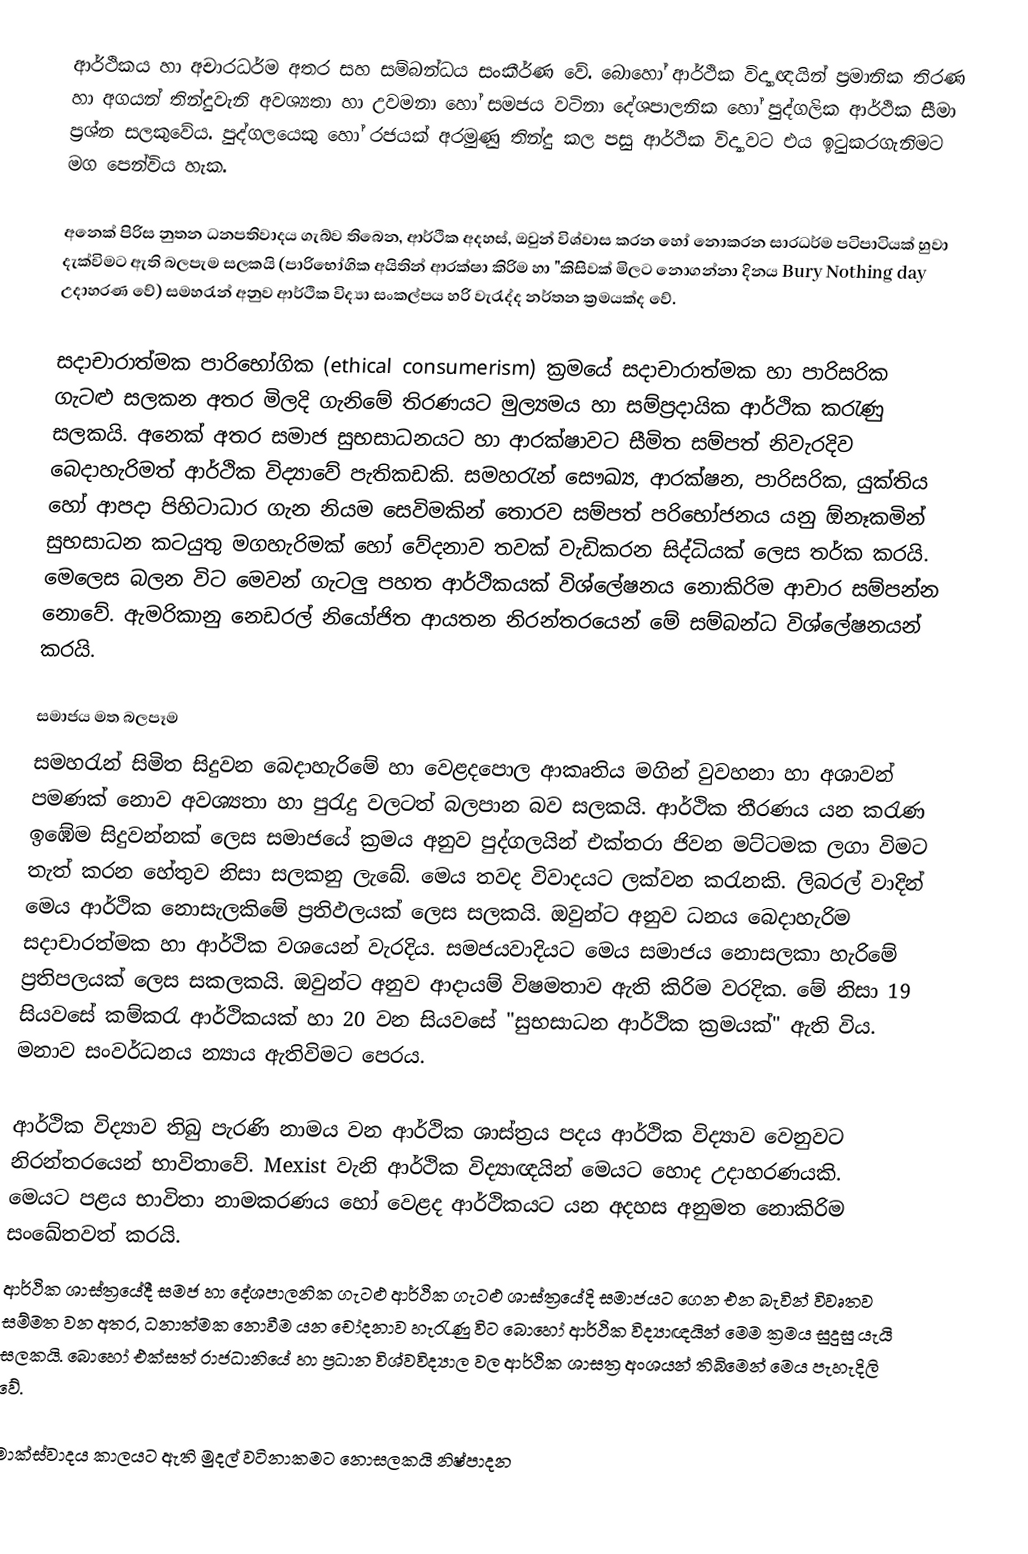
ආර්ථිකය හා අචාරධර්ම අතර සහ සම්බන්ධය සංකීර්ණ වේ. බොහෝ ආර්ථික විද්‍යාඥයින් ප්‍රමානික තිරණ හා අගයන් තින්දුවැනි අවශ්‍යතා හා උවමනා හෝ සමජය වටිනා දේශපාලනික හෝ පුද්ගලික ආර්ථික සීමා ප්‍රශ්න සලකුවේය. පුද්ගලයෙකු හෝ රජයක් අරමුණු තින්දු කල පසු ආර්ථික විද්‍යාවට එය ඉටුකරගැනිමට මග පෙන්විය හැක.

අනෙක් පිරිස නුතන  ධනපතිවාදය ගැබ්ව තිබෙන, ආර්ථික අදහස්, ඔවුන් විශ්වාස කරන හෝ නොකරන සාරධර්ම පටිපාටියක් හුවා දැක්විම‍ට ඇති බලපැම සලකයි (පාරිභෝගික අයිතින් ආරක්ෂා කිරිම හා "කිසිවක් මිලට නොගන්නා දිනය Bury Nothing day උදාහරණ වේ) සමහරැන් අනුව ආර්ථික විද්‍යා සංකල්පය හරි වැරැද්ද නර්තන ක්‍රමයක්ද වේ.

සදාචාරාත්මක පාරිභෝගික (ethical consumerism) ක්‍රමයේ සදාචාරාත්මක හා පාරිසරික ගැටළු සලකන අතර මිලදි ගැනිමේ තිරණයට මුල්‍යමය හා සම්ප්‍රදායික ආර්ථික කරැණු සලකයි. අනෙක් අතර සමාජ සුභසාධනයට හා ආරක්ෂාවට සීමිත සම්පත් නිවැරදිව බෙදාහැරිමත් ආර්ථික විද්‍යාවේ පැතිකඩකි. සමහරැන් සෞඛ්‍ය, ආරක්ෂන, පාරිසරික, යුක්තිය හෝ ආපදා පිහිටාධාර ගැන නියම සෙවිමකින් තොරව සම්පත් පරිභෝජනය යනු ඕනෑකමින් සුභසාධන කටයුතු මගහැරිමක් හෝ වේදනාව තවක් වැඩිකරන සිද්ධියක් ලෙස තර්ක කරයි. මෙලෙස බලන විට මෙවන් ගැටලු පහත ආර්ථිකයක් විශ්ලේෂනය නොකිරිම ආචාර සම්පන්න නොවේ. ඇමරිකානු නෙඩරල් නියෝජිත ආයතන නිරන්තරයෙන් මේ සම්බන්ධ විශ්ලේෂනයන් කරයි.

සමාජය මත බලපෑම
සමහරැන් සිමිත සිදුවන බෙදාහැරිමේ හා වෙළදපොල ආකෘතිය මගින් වුවහනා හා අශාවන් පමණක් ‍නොව අවශ්‍යතා හා පුරැදු වලටත් බලපාන බව සලකයි. ආර්ථික තීරණය යන කරැණ ඉඹේම සිදුවන්නක් ලෙස සමාජයේ ක්‍රමය අනුව පුද්ගල‍යින් එක්තරා ජිවන මට්ටමක ලගා විමට තැත් කරන හේතුව නිසා සලකනු ලැබේ. මෙය තවද විවාදයට ලක්වන කරැනකි. ලිබරල් වාදින් මෙය ආර්ථික නොසැලකිමේ ප්‍රතිඵලයක් ලෙස සලකයි. ඔවුන්ට අනුව ධනය බෙදාහැරිම සදාචාරත්මක හා ආර්ථික වශයෙන් වැරදිය. සමජයවාදියට මෙය සමාජය නොසලකා හැරිමේ ප්‍රතිපලයක් ලෙස සකලකයි. ඔවුන්ට අනුව ආදායම් විෂමතාව ඇති කිරිම වරදික. මේ නිසා 19 සියවසේ කම්කරැ ආර්ථිකයක් හා 20 වන සියවසේ "සුභසාධන ආර්ථික ක්‍රමයක්" ඇති විය. මනාව සංවර්ධනය න්‍යාය ඇතිවිමට පෙරය.

ආර්ථික විද්‍යාව තිබු පැරණි නාමය වන ආර්ථික ශාස්ත්‍රය පදය ආර්ථික විද්‍යාව වෙනුවට නිරන්තරයෙන් භා‍විතාවේ.  Mexist  වැනි ආර්ථික විද්‍යාඥයින් මෙයට හොද උදාහරණයකි. මෙයට පළය භාවිතා ‍නාමකරණය හෝ ‍වෙළද ආර්ථිකයට යන අදහස අනුමත නොකිරි‍ම සංඛේතවත් කරයි.
ආර්ථික ශාස්ත්‍රයේදී සමජ හා දේශපාලනික ගැටළු ආර්ථික ගැටළු ශාස්ත්‍ර‍යේදි සමාජයට ‍‍ගෙන එන බැවින් විවෘතව සම්මත වන අතර, ධනාත්මක නොවීම යන චෝදනාව හැරැණු විට බොහෝ ආර්ථික විද්‍යාඥයින් මෙම ක්‍රමය සුදුසු යැයි සලකයි. බොහෝ එක්සත් රාජධානියේ හා ප්‍රධාන විශ්වවිද්‍යාල වල ආර්ථික ශාසත්‍ර අංශයන් තිබිමෙන් මෙය පැහැදිලි වේ.

මාක්ස්වාදය කාලයට ඇති මුදල් වටිනාකමට නොසලකයි නිෂ්පාදන